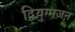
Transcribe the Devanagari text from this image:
द्वियुग्मजन